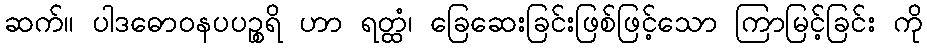
ဆက်။ ပါဒဓောဝနပပဉ္စရိ ဟာ ရတ္ထံ၊ ခြေဆေးခြင်းဖြစ်ဖြင့်သော ကြာမြင့်ခြင်း ကို